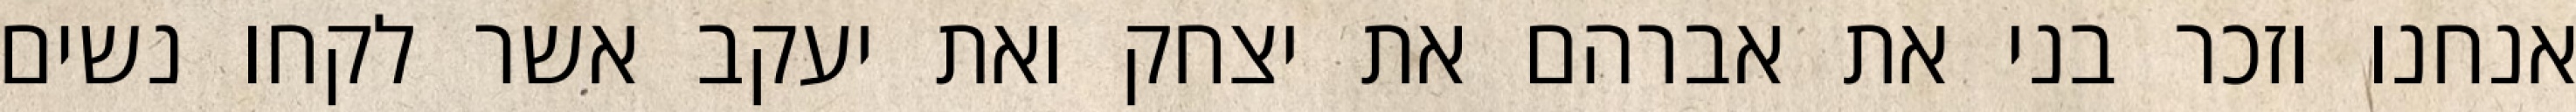
אנחנו וזכר בני את אברהם את יצחק ואת יעקב אשר לקחו נשים